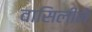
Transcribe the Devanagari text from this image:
वासिलीने